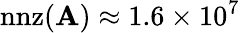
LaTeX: \mathrm{nnz}(\mathbf{A})\approx 1.6\times 10^{7}